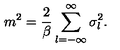
m ^ { 2 } = \frac { 2 } { \beta } \sum _ { l = - \infty } ^ { \infty } \sigma _ { l } ^ { 2 } .